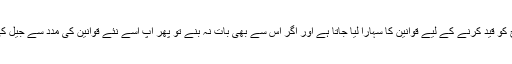
اگر آپ ایسا نہیں کرتے تو آپ کی سوچ کو قید کرنے کے لیے قوانین کا سہارا لیا جاتا ہے اور اگر اس سے بھی بات نہ بنے تو پھر آپ اسے نئے قوانین کی مدد سے جیل کی سلاخوں کے پیچھے پہنچا دیتے ہیں۔